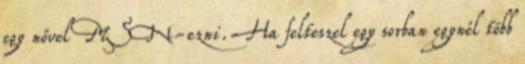
egy nővel MSN-ezni. Ha felteszel egy sorban egynél több